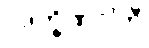
ပဒက္ခိဏဂ္ဂါဟီ